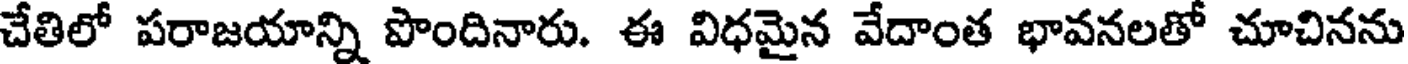
చేతిలో పరాజయాన్ని పొందినారు. ఈ విధమైన వేదాంత భావనలతో చూచినను